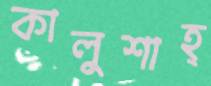
কালুশাহ্